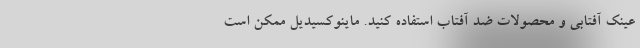
عینک آفتابی و محصولات ضد آفتاب استفاده کنید. ماینوکسیدیل ممکن است